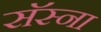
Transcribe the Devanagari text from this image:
सॅस्ना